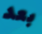
بعد